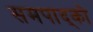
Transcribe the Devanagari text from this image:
समपाद्को